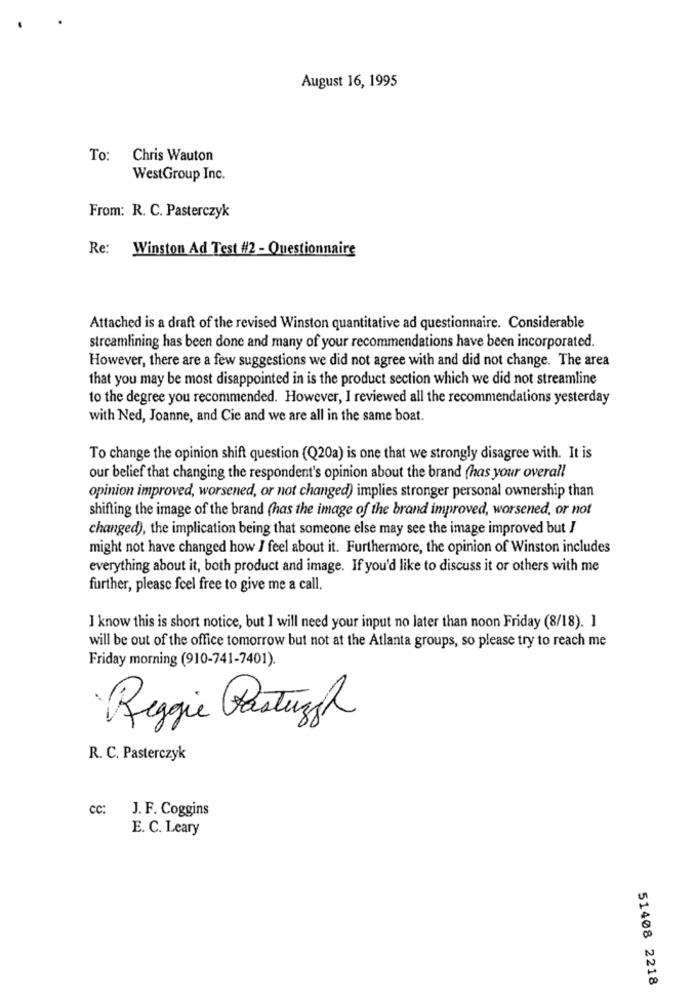
August 16, 1995
To:
Chris Wauton
WestGroup Inc.
From: R. C. Pasterczyk
Re: Winston Ad Test #2 - Questionnaire
Attached is a draft of the revised Winston quantitative ad questionnaire. Considerable
streamlining has been done and many of your recommendations have been incorporated.
However, there are a few suggestions we did not agree with and did not change. The area
that you may be most disappointed in is the product section which we did not streamline
to the degree you recommended. However, I reviewed all the recommendations yesterday
with Ned, Joanne, and Cie and we are all in the same boat.
To change the opinion shift question (Q20a) is one that we strongly disagree with. It is
our belief that changing the respondent's opinion about the brand (has your overall
opinion improved, worsened, or not changed) implies stronger personal ownership than
shifting the image of the brand (has the image of the brand improved, worsened, or not
changed), the implication being that someone else may see the image improved but /
might not have changed how I feel about it. Furthermore, the opinion of Winston includes
everything about it, both product and image. If you'd like to discuss it or others with me
further, please feel free to give me a call.
I know this is short notice, but I will need your input no later than noon Friday (8/18). I
will be out of the office tomorrow but not at the Atlanta groups, so please try to reach me
Friday morning (910-741-7401).
Reggie Pastuggh
R. C. Pasterczyk
cc:
J. F. Coggins
E. C. Leary
51408 2218